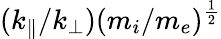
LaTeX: (k_{\| }/k_{\bot})(m_{i}/m_{e})^{\frac{1}{2}}